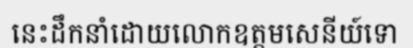
នេះដឹកនាំដោយលោកឧត្តមសេនីយ៍ទោ